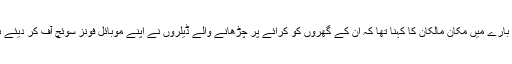
اس بارے میں مکان مالکان کا کہنا تھا کہ اُن کے گھروں کو کرائے پر چڑھانے والے ڈیلروں نے اپنے موبائل فونز سوئچ آف کر دیئے ہیں۔